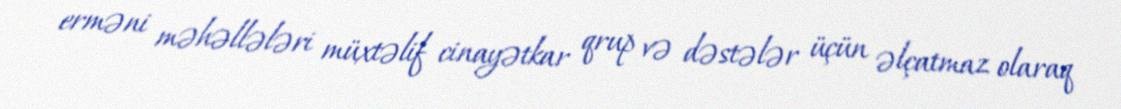
erməni məhəllələri müxtəlif cinayətkar qrup və dəstələr üçün əlçatmaz olaraq